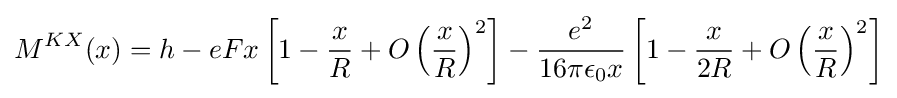
M^{KX}(x)=h-eFx\left[1-{\frac {x}{R}}+O\left({\frac {x}{R}}\right)^{2}\right]-{\frac {e^{2}}{16\pi \epsilon _{0}x}}\left[1-{\frac {x}{2R}}+O\left({\frac {x}{R}}\right)^{2}\right]